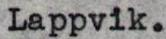
Lappvik.